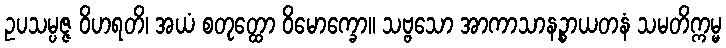
ဥပသမ္ပဇ္ဇ ဝိဟရတိ၊ အယံ စတုတ္ထော ဝိမောက္ခော။ သဗ္ဗသော အာကာသာနဉ္စာယတနံ သမတိက္ကမ္မ